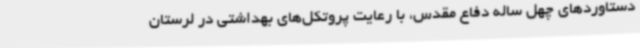
دستاوردهای چهل ساله دفاع مقدس، با رعایت پروتکل‌های بهداشتی در لرستان